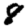
Digit: 8